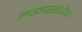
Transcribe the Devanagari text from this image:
लग्नासंबंधीचा